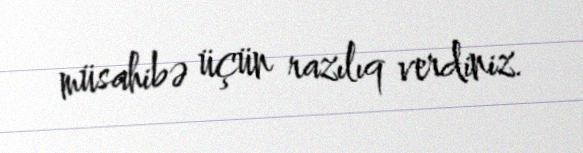
müsahibə üçün razılıq verdiniz.